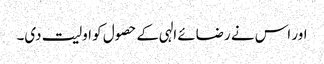
اور اس نے رضائے الہی کے حصول کو اولیت دی۔